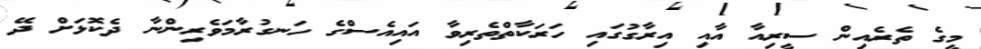
މީގެ ތެރެއިން ސީރިއާ އާއި އިރާގުގައި ހަރަކާތްތެރިވާ އައިއެސްގެ ހަނގުރާމަވެރިންނާ ދެކޮޅަށް ދޭ